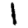
Digit: 1